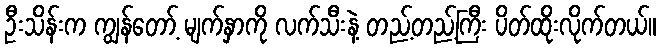
ဦးသိန်းက ကျွန်တော့် မျက်နှာကို လက်သီးနဲ့ တည့်တည့်ကြီး ပိတ်ထိုးလိုက်တယ်။